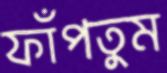
ফাঁপতুম